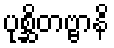
ပုစ္ဆိတဗ္ဗာနိ